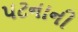
પટનાની